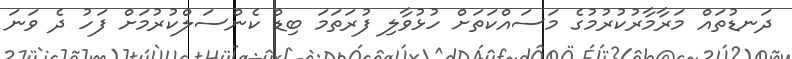
ދަނޑުތައް މަރާމާރުކުރުމުގެ މަސައްކަތަށް ހުޅުވާލި ފުރަތަމަ ބިޑް ކެންސަލްކުރުމަށް ފަހު ދެ ވަނަ